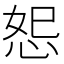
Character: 𪫴